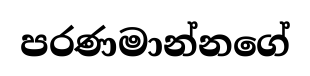
පරණමාන්නගේ